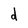
Character: d